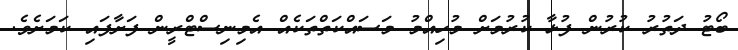
ބޯޓު ދަތުރު ކުރުން ފުޅާ ކުރުމަށް މުހިއްމު މަސައްކަތްތަކެއް އެމިނިސްޓްރީން ފަށާފައި ކަމަށެވެ.